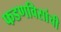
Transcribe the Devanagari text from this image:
फडणविसांची